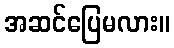
အဆင်ပြေမလား။